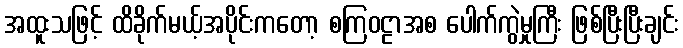
အထူးသဖြင့် ထိခိုက်မယ့်အပိုင်းကတော့ စကြဝဠာအစ ပေါက်ကွဲမှုကြီး ဖြစ်ပြီးပြီးချင်း